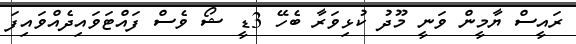
ރައީސް ޔާމީން ވަނީ މޫދު ކުޅިވަރާ ބެހޭ 3ޑީ ޝޯ ވެސް ފައްޓަވައިދެއްވައިފަ